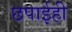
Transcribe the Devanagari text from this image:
छपाईही